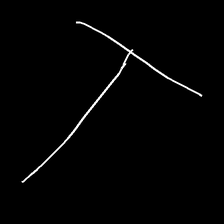
Glyph: column